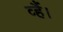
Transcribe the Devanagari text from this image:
व्हैं।